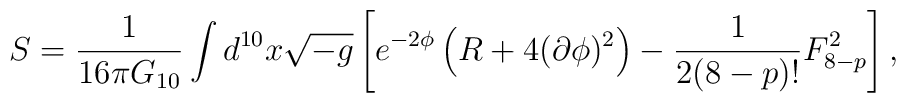
S=\frac{1}{16\pi G_{10}}\int d^{10}x\sqrt{-g} \left[ e^{-2\phi} \left(R +4(\partial \phi)^2\right) -\frac{1}{2(8-p)!}F^2_{8-p}\right],